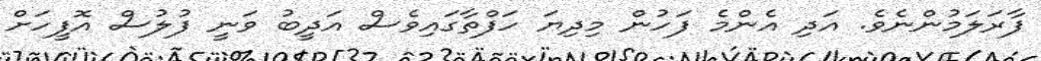
ފާރަލަމުންނެވެ. އަދި އެންމެ ފަހުން މިދިޔަ ހަފްތާގައިވެސް އަދީބު ވަނީ ފުލުސް އޮފީހަށް